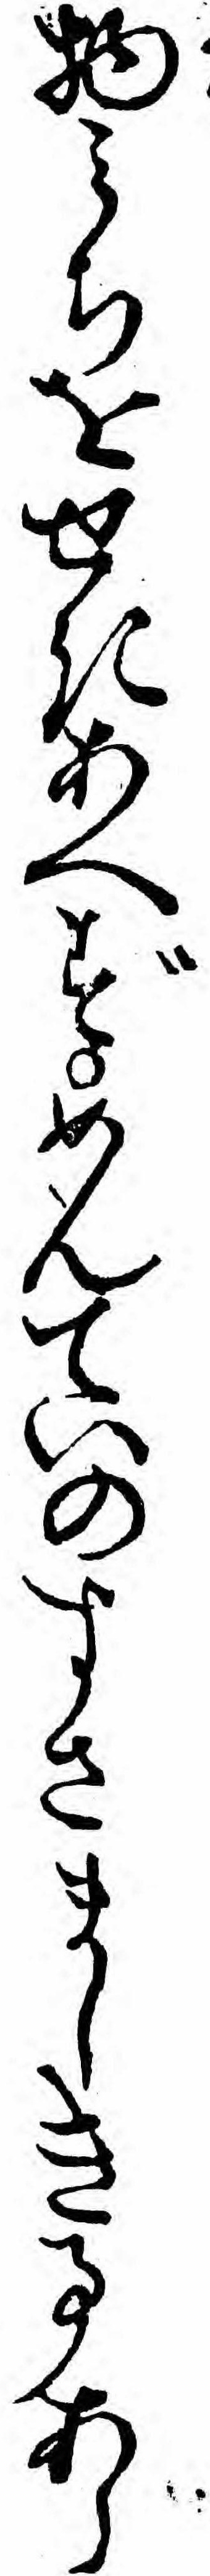
物ミちをせきあへずめんていのすさましき事あら